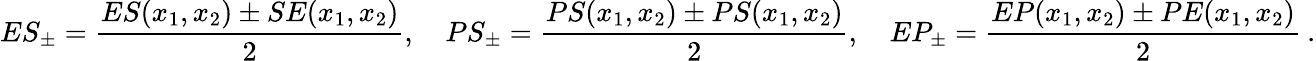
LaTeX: ES_{\pm}=\frac{ES(x_{1},x_{2})\pm SE(x_{1},x_{2})}{2},\quad PS_{\pm}=\frac{PS(x_{1},x_{2})\pm PS(x_{1},x_{2})}{2},\quad EP_{\pm}=\frac{EP(x_{1},x_{2})\pm PE(x_{1},x_{2})}{2}\: .